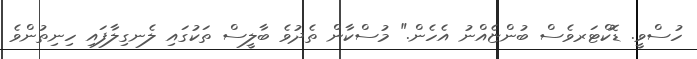
ހުސްވީ. ޑޮކްޓަރވެސް ބުންޏެއްނު އެހެން." މުސްކާން ތެދުވެ ބާލީސް ތަކުގައި ލެނގިލާފައި ހިނިތުންވެ